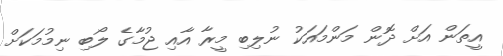
އީތަން އަށް ދޮން މަންމައަކު ނުލިބި މީރާ އާއި ޖުމާގެ ލޯބި ނިމުމަކަށް